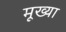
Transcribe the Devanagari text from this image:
मूख्या